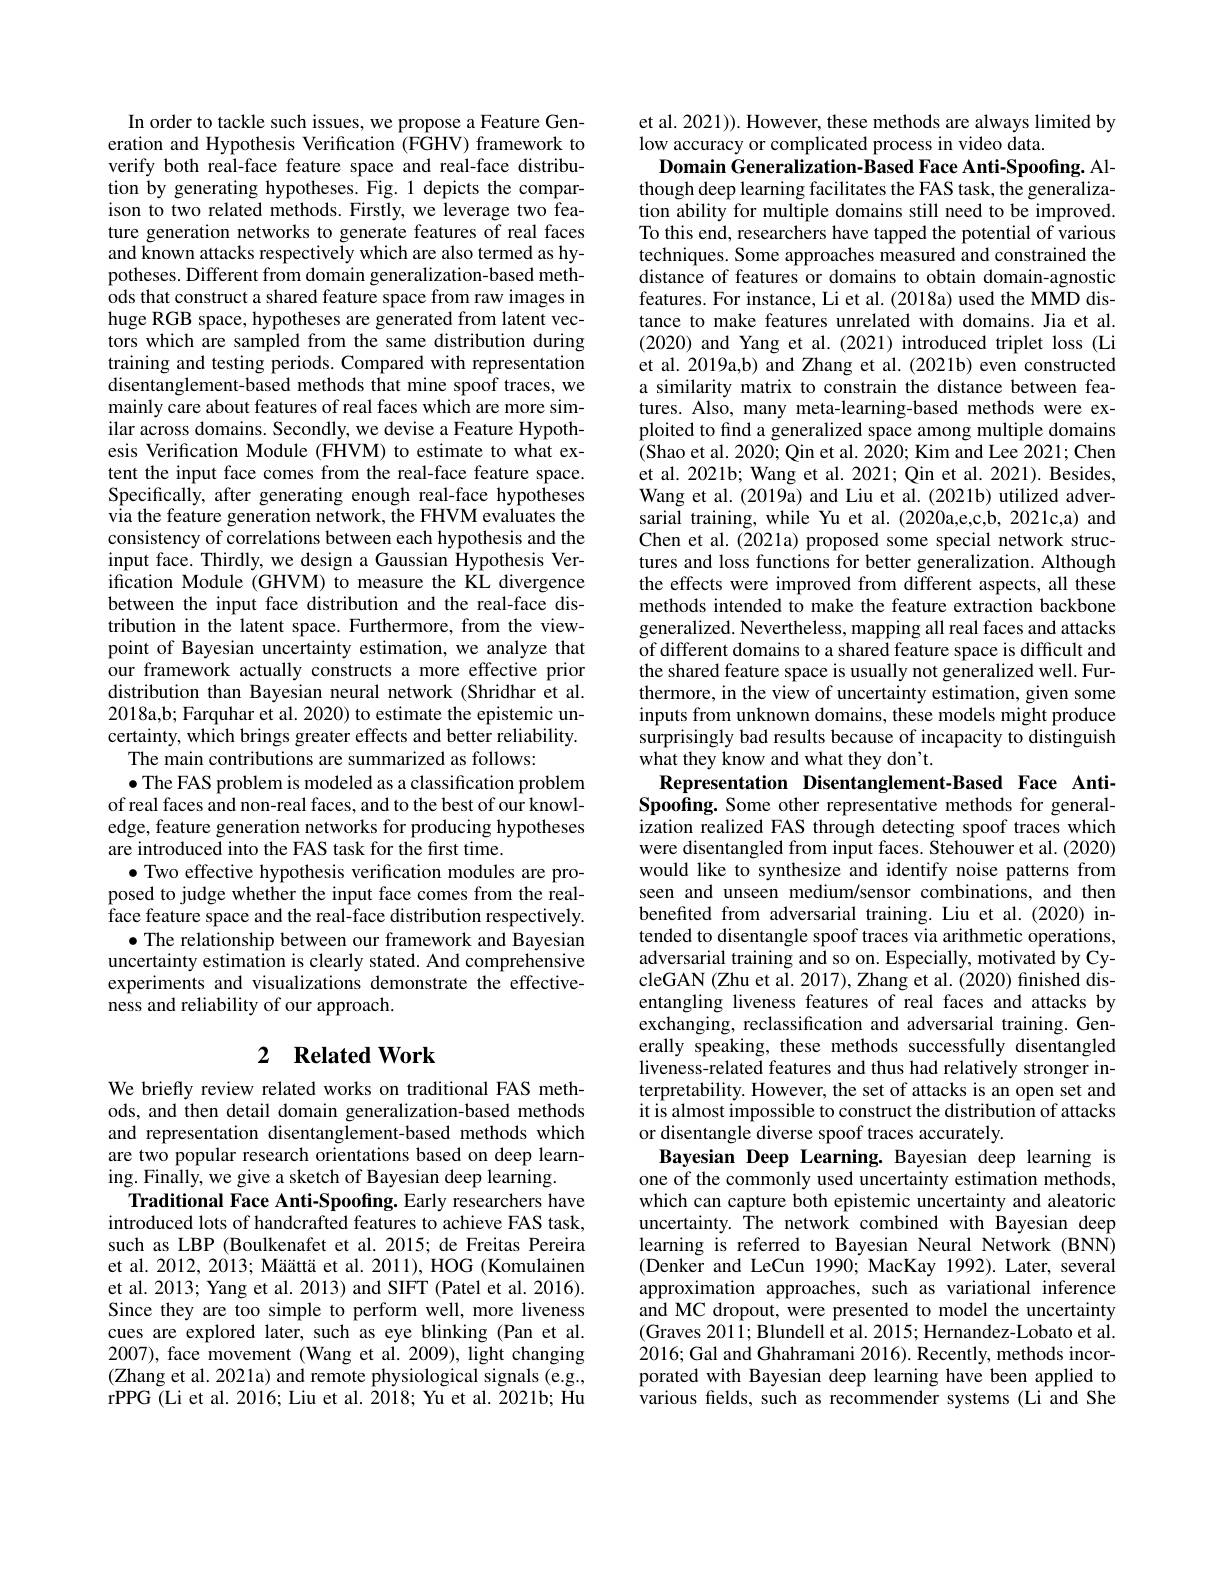
In order to tackle such issues, we propose a Feature Generation and Hypothesis Verification (FGHV) framework to verify both real-face feature space and real-face distribution by generating hypotheses. Fig. 1 depicts the comparison to two related methods. Firstly, we leverage two feature generation networks to generate features of real faces and known attacks respectively which are also termed as hypotheses. Different from domain generalization-based methods that construct a shared feature space from raw images in huge RGB space, hypotheses are generated from latent vectors which are sampled from the same distribution during training and testing periods. Compared with representation disentanglement-based methods that mine spoof traces, we mainly care about features of real faces which are more similar across domains. Secondly, we devise a Feature Hypothesis Verification Module (FHVM) to estimate to what extent the input face comes from the real-face feature space. Specifically, after generating enough real-face hypotheses via the feature generation network, the FHVM evaluates the consistency of correlations between each hypothesis and the input face. Thirdly, we design a Gaussian Hypothesis Verification Module (GHVM) to measure the KL divergence between the input face distribution and the real-face distribution in the latent space. Furthermore, from the viewpoint of Bayesian uncertainty estimation, we analyze that our framework actually constructs a more effective prior distribution than Bayesian neural network (Shridhar et al. 2018a,b; Farquhar et al. 2020) to estimate the epistemic uncertainty, which brings greater effects and better reliability.
The main contributions are summarized as follows:
$\bullet$ The FAS problem is modeled as a classification problem of real faces and non-real faces, and to the best of our knowledge, feature generation networks for producing hypotheses are introduced into the FAS task for the first time.
$\bullet$ Two effective hypothesis verification modules are proposed to judge whether the input face comes from the realface feature space and the real-face distribution respectively.
$\bullet$ The relationship between our framework and Bayesian uncertainty estimation is clearly stated. And comprehensive experiments and visualizations demonstrate the effectiveness and reliability of our approach.

## 2 $\textbf{Related Work}$

We briefly review related works on traditional FAS methods, and then detail domain generalization-based methods and representation disentanglement-based methods which are two popular research orientations based on deep learning. Finally, we give a sketch of Bayesian deep learning.
Traditional Face Anti-Spoofing. Early researchers have introduced lots of handcrafted features to achieve FAS task, such as LBP (Boulkenafet et al. 2015; de Freitas Pereira et al. 2012, 2013; Määttä et al. 2011), HOG (Komulainen et al. 2013; Yang et al. 2013) and SIFT (Patel et al. 2016). Since they are too simple to perform well, more liveness cues are explored later, such as eye blinking (Pan et al. 2007), face movement (Wang et al. 2009), light changing (Zhang et al. 2021a) and remote physiological signals (e.g., rPPG (Li et al. 2016; Liu et al. 2018; Yu et al. 2021b; Hu

et al. 2021)). However, these methods are always limited by
low accuracy or complicated process in video data.
Domain Generalization-Based Face Anti-Spoofing. Although deep learning facilitates the FAS task, the generalization ability for multiple domains still need to be improved. To this end, researchers have tapped the potential of various techniques. Some approaches measured and constrained the distance of features or domains to obtain domain-agnostic features. For instance, Li et al. (2018a) used the MMD distance to make features unrelated with domains. Jia et al. (2020) and Yang et al.(2021) introduced triplet loss (Li et al. 2019a,b) and Zhang et al. (2021b) even constructed a similarity matrix to constrain the distance between features. Also, many meta-learning-based methods were exploited to find a generalized space among multiple domains $\dot{(}$Shao et al. 2020; Qin et al. 2020; Kim and Lee 2021; Chen et al. 2021b; Wang et al. 2021; Qin et al. 2021). Besides, Wang et al. (2019a) and Liu et al. (2021b) utilized adversarial training, while Yu et al. (2020a,e,c,b, 2021c,a) and Chen et al.(2021a) proposed some special network structures and loss functions for better generalization. Although the effects were improved from different aspects, all these methods intended to make the feature extraction backbone generalized. Nevertheless, mapping all real faces and attacks of different domains to a shared feature space is difficult and the shared feature space is usually not generalized well. Furthermore, in the view of uncertainty estimation, given some inputs from unknown domains, these models might produce surprisingly bad results because of incapacity to distinguish what they know and what they don't.
Representation Disentanglement-Based Face Anti-

Spoofing. Some other representative methods for generalization realized FAS through detecting spoof traces which were disentangled from input faces. Stehouwer et al. (2020) would like to synthesize and identify noise patterns from seen and unseen medium/sensor combinations, and then benefited from adversarial training. Liu et al.(2020) intended to disentangle spoof traces via arithmetic operations, adversarial training and so on. Especially, motivated by CycleGAN (Zhu et al. 2017), Zhang et al. (2020) finished disentangling liveness features of real faces and attacks by exchanging, reclassification and adversarial training. Generally speaking, these methods successfully disentangled liveness-related features and thus had relatively stronger interpretability. However, the set of attacks is an open set and it is almost impossible to construct the distribution of attacks or disentangle diverse spoof traces accurately.
Bayesian Deep Learning. Bayesian deep learning is one of the commonly used uncertainty estimation methods, which can capture both epistemic uncertainty and aleatoric uncertainty. The network combined with Bayesian deep learning is referred to Bayesian Neural Network (BNN) (Denker and LeCun 1990; MacKay 1992). Later, several approximation approaches, such as variational inference and MC dropout, were presented to model the uncertainty (Graves 2011; Blundell et al. 2015; Hernandez-Lobato et al. 2016; Gal and Ghahramani 2016). Recently, methods incorporated with Bayesian deep learning have been applied to various felds, such as recommender systems(Li and She